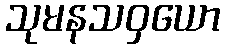
သုမနသဝှယော